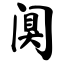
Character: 阒